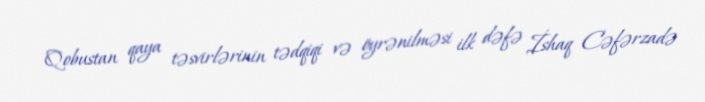
Qobustan qaya təsvirlərinin tədqiqi və öyrənilməsi ilk dəfə İshaq Cəfərzadə